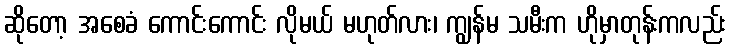
ဆိုတော့ အစေခံ ကောင်းကောင်း လိုမယ် မဟုတ်လား၊ ကျွန်မ သမီးက ဟိုမှာတုန်းကလည်း